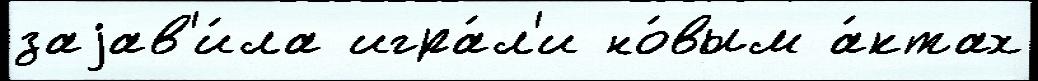
заjав'и́ла игра́л'и но́вым а́ктах